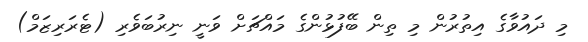
މި ދައުވާގެ އިތުރުން މި ތިން ބޭފުޅުންގެ މައްޗަށް ވަނީ ނިރުބަވެރި (ޓެރަރިޒަމް)